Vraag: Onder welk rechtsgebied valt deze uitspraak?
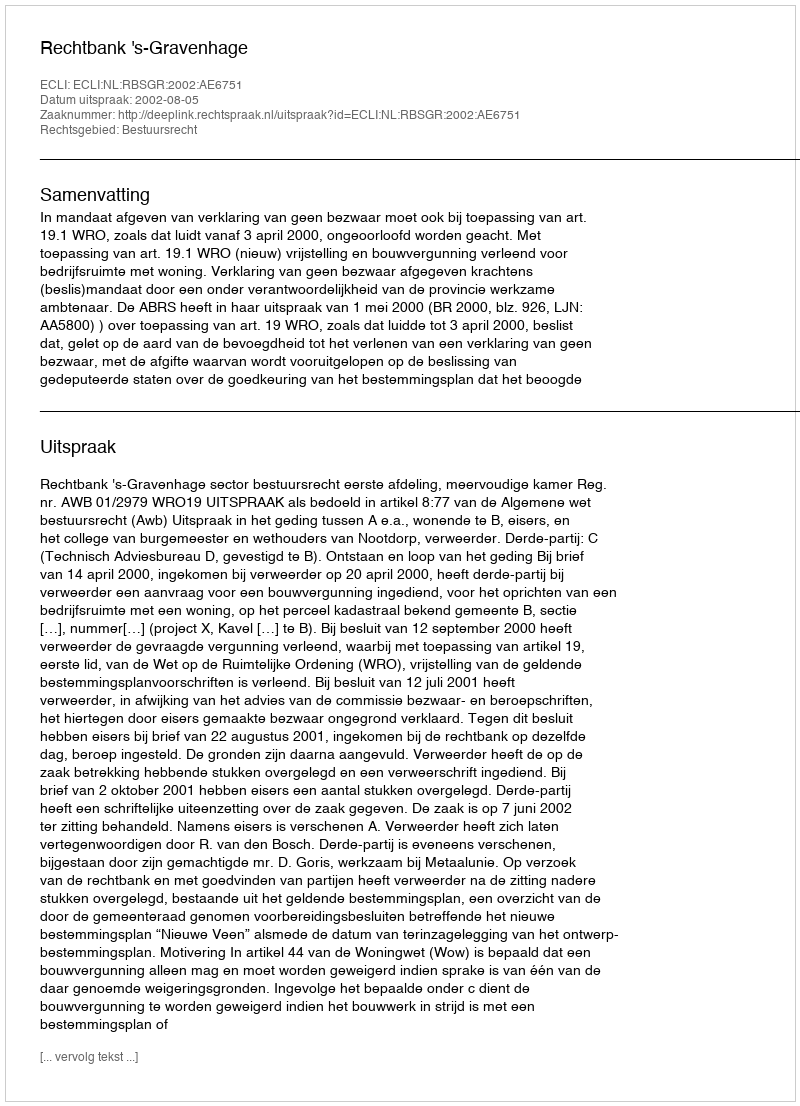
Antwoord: Bestuursrecht